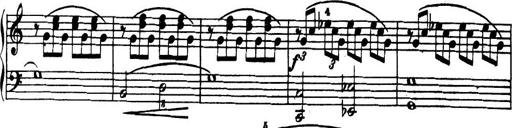
Title: 32 Sonatinas and Rondos for the Piano
Composer: Richard Kleinmichel